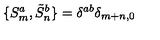
\{ S _ { m } ^ { a } , \tilde { S } _ { n } ^ { b } \} = \delta ^ { a b } \delta _ { m + n , 0 }